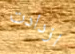
ازدادت